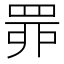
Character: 𦊿